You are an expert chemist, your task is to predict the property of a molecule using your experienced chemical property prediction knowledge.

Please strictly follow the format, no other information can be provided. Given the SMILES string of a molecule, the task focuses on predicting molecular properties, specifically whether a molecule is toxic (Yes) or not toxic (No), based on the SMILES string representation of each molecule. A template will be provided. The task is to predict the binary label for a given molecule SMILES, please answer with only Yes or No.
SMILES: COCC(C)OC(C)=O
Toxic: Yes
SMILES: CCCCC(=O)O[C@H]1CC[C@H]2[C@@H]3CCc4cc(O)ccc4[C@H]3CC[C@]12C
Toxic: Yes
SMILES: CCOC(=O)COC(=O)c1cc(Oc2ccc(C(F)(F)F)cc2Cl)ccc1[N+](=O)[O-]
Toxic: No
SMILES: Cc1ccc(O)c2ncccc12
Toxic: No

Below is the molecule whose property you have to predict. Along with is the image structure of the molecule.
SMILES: C=CC(=O)OCC1CC2CC1C1CCC(COC(=O)C=C)C21
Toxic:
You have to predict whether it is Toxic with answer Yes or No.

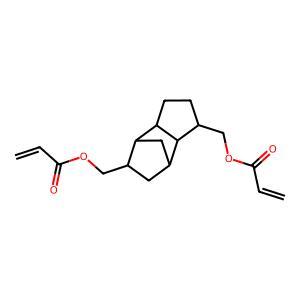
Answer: No